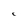
Character: C